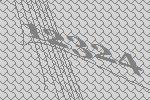
12324